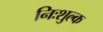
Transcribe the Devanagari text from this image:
निःशुल्‍क